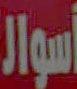
أسوار